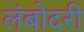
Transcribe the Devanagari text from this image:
लंबोदरी